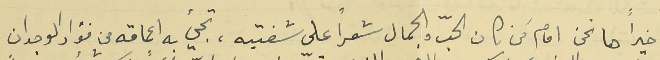
وأخيراً ها نحن امام مَن كان الحبّ والجمال شعراً على شفتيه، تجيء به اعماقه من فؤاد الوجدان